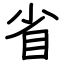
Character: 省